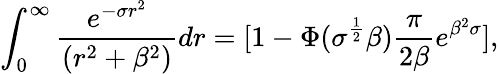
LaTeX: \int_{0}^{\infty}\frac{e^{-\sigma r^{2}}}{(r^{2}+\beta^{2})}dr=[1-\Phi(\sigma^{\frac{1}{2}}\beta)\frac{\pi}{2\beta}e^{\beta^{2}\sigma}],